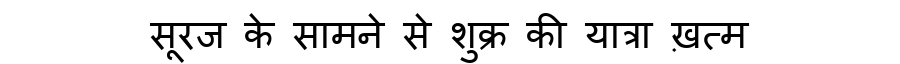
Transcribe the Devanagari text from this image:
सूरज के सामने से शुक्र की यात्रा ख़त्म